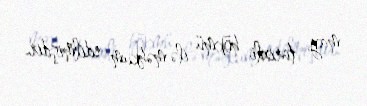
may tarixli hökmü ilə məhkum edilmişdir.